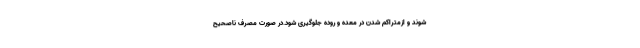
شوند و ازمتراکم شدن در معده و روده جلوگیری شود.در صورت مصرف ناصحیح